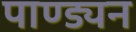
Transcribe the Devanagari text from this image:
पाण्ड्यन